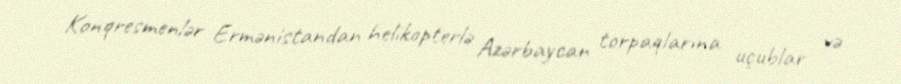
Konqresmenlər Ermənistandan helikopterlə Azərbaycan torpaqlarına uçublar və